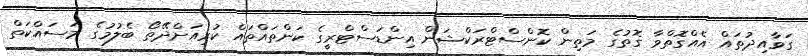
ގަވާއިދުތައް އެއްގޮތްވާ ގޮތުގެ މަތިން ކޮންސްޓްރަކްޝަން އިންޑަސްޓްރީގެ ކަންތައްތައް ކުރިއަށްދޭތޯ ބެލުމުގެ މަސައްކަތް